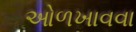
ઓળખાવવા